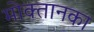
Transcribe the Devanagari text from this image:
मोक्तानका